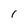
Character: l